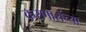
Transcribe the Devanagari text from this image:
करणारांच्या